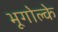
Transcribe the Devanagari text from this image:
भूगोल्के